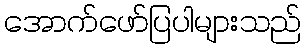
အောက်ဖော်ပြပါများသည်